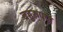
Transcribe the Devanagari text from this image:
बहुरुपण